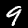
Digit: 9